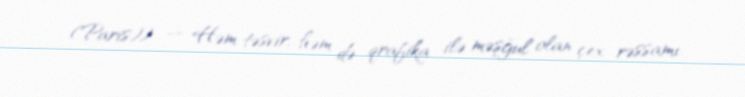
(Paris)) — Həm təsvir, həm də qrafika ilə məşğul olan çex rəssamı.